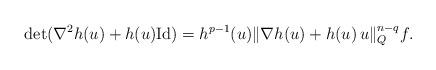
LaTeX: \begin{align*}\det(\nabla^2 h(u)+h(u){\rm Id})=h^{p-1}(u)\|\nabla h(u)+h(u)\,u\|_Q^{n-q}f.\end{align*}